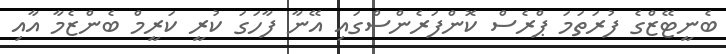
ބެނީޓޭޒްގެ ފުރަތަމަ ޕްރެސް ކޮންފަރެންސްގައި އޭނާ ފާހަގަ ކުރީ ކަރީމް ބެންޒެމާ އާއި